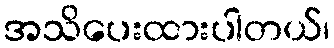
အသိပေးထားပါတယ်၊